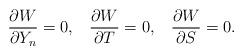
LaTeX: \begin{align*}\frac{\partial W}{\partial Y_n} = 0,\;\;\;\frac{\partial W}{\partial T}=0,\;\;\;\frac{\partial W}{\partial S} = 0.\end{align*}